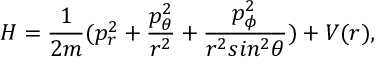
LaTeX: H = { \frac { 1 } { 2 m } } ( p _ { r } ^ { 2 } + { \frac { p _ { \theta } ^ { 2 } } { r ^ { 2 } } } + { \frac { p _ { \phi } ^ { 2 } } { r ^ { 2 } s i n ^ { 2 } \theta } } ) + V ( r ) ,